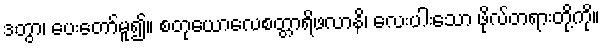
ဒတွာ၊ ပေးတော်မူ၍။ စတုယောလေစတ္တာရိဖလာနိ၊ လေးပါးသော ဖိုလ်တရားတို့ကို။